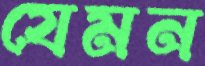
যেমন